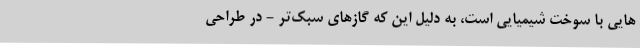
هایی با سوخت شیمیایی است، به دلیل این که گازهای سبک‌تر - در طراحی